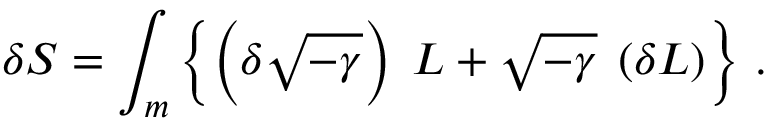
\delta S = \int _ { m } \left\{ \left( \delta \sqrt { - \gamma } \right) \; L + \sqrt { - \gamma } \; \left( \delta L \right) \right\} \, .